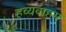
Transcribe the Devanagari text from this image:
हव्यवाहम्